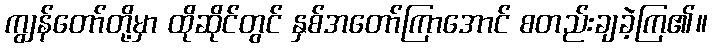
ကျွန်တော်တို့မှာ ထိုဆိုင်တွင် နှစ်အတော်ကြာအောင် စတည်းချခဲ့ကြ၏။